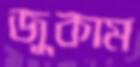
জুকাম